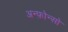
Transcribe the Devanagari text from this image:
अन्फ़ोन्सो